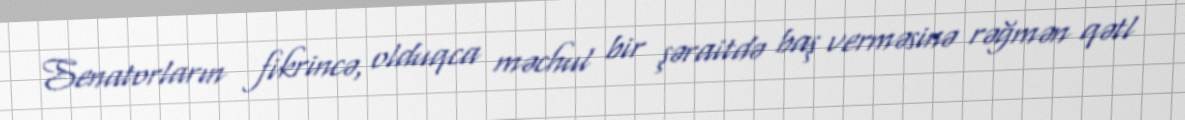
Senatorların fikrincə, olduqca məchul bir şəraitdə baş verməsinə rəğmən qətl